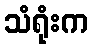
သံရုံးက